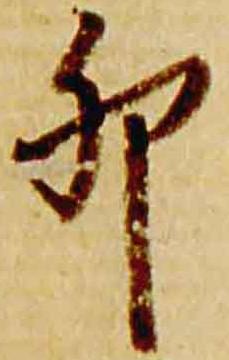
卯